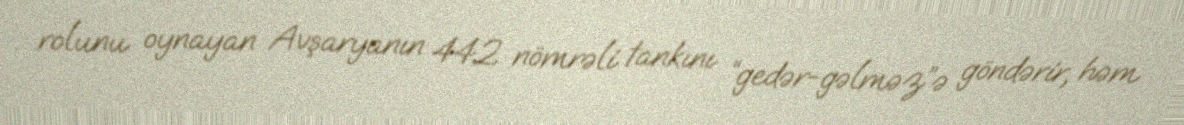
rolunu oynayan Avşaryanın 442 nömrəli tankını “gedər-gəlməz”ə göndərir, həm